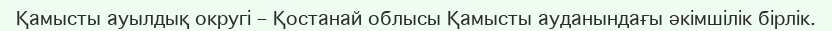
Қамысты ауылдық округі – Қостанай облысы Қамысты ауданындағы әкімшілік бірлік.